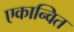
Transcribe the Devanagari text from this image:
एकान्वित